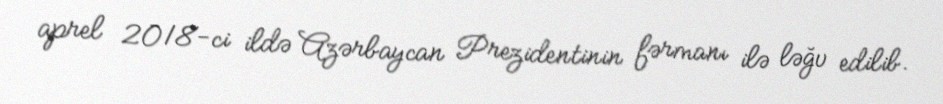
aprel 2018-ci ildə Azərbaycan Prezidentinin fərmanı ilə ləğv edilib.